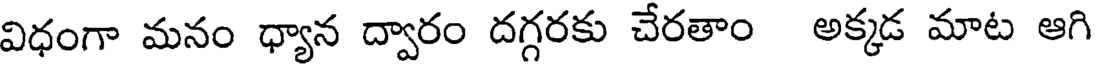
విధంగా మనం ధ్యాన ద్వారం దగ్గరకు చేరతాం అక్కడ మాట ఆగి